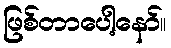
ဖြစ်တာပေါ့နော်။